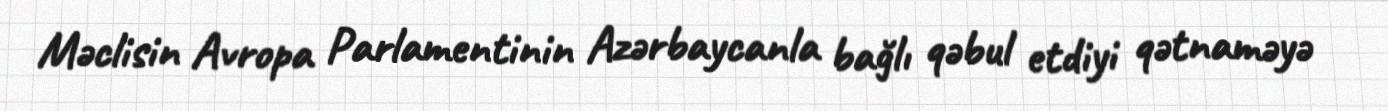
Məclisin Avropa Parlamentinin Azərbaycanla bağlı qəbul etdiyi qətnaməyə